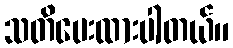
သတိပေးထားပါတယ်။